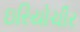
ઇરિયોચીર